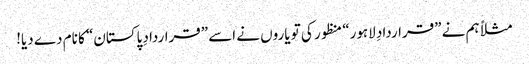
مثلاً ہم نے ”قراردادِ لاہور“ منظور کی تو یاروں نے اسے ”قراردادِ پاکستان“ کا نام دے دیا!